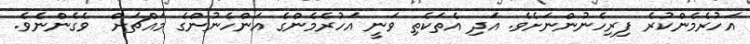
އަހުރެމެންކުރެ ފިރިހެނުންނަށެވެ. އަދި އެތަކެތި ވަނީ އަހުރެމެންގެ އަންހެނުންގެ މައްޗަށް  ވެގެންނެވެ.